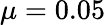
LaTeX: \mu=0.05